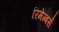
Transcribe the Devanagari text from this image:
रिमेम्बर्स